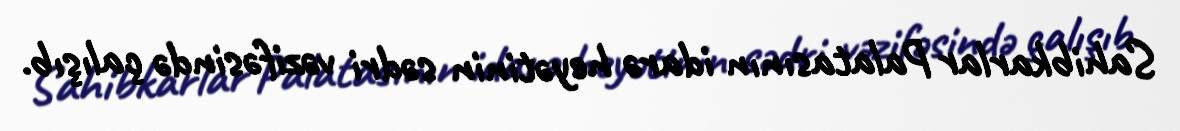
Sahibkarlar Palatasının idarə heyətinin sədri vəzifəsində çalışıb.